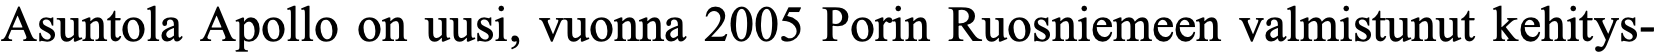
Asuntola Apollo on uusi, vuonna 2005 Porin Ruosniemeen valmistunut kehitys-